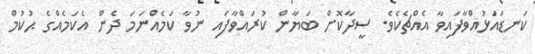
ކަނޑައަޅުއްވާފައިވާ އެއްޗެކެވެ. ސީދާކޮށް ބަޔާން ކުރައްވާފައި ނުވާ ކަމެއްނަމަ ދެން އެކަމެއްގެ ޙުކުމް